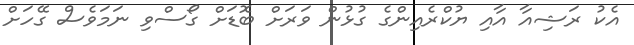
އެކު ރަޝިއާ އާއި ޔުކްރެއިންގެ ގުޅުން ވަރަށް ބޮޑަށް ގޯސްވި ނަމަވެސް ގޭހަށް